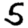
Digit: 5